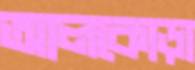
আলকোড়া